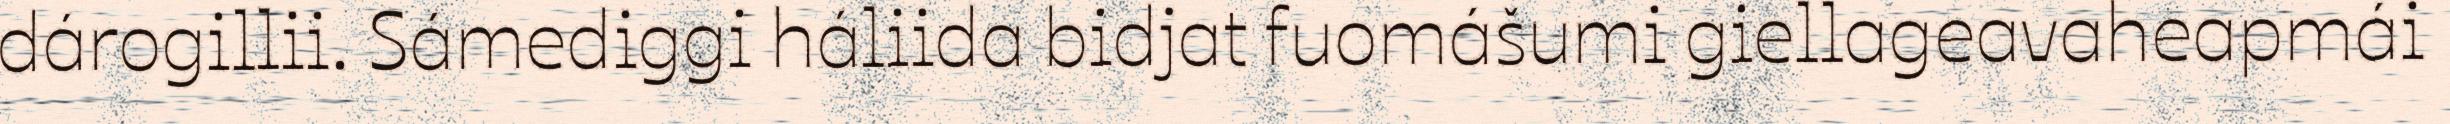
dárogillii. Sámediggi háliida bidjat fuomášumi giellageavaheapmái